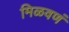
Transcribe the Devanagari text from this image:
मिळवणं